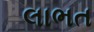
લાભત